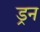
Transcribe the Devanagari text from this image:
ड्रन